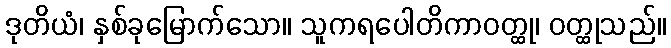
ဒုတိယံ၊ နှစ်ခုမြောက်သော။ သူကရပေါတိကာဝတ္ထု၊ ဝတ္ထုသည်။